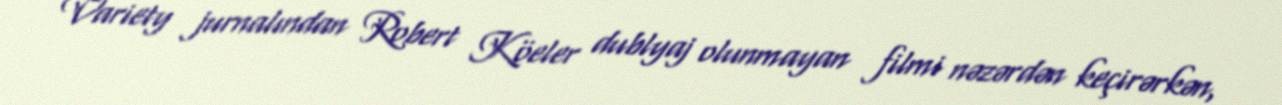
Variety jurnalından Robert Köeler dublyaj olunmayan filmi nəzərdən keçirərkən,